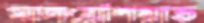
মালয়েশিয়াভ